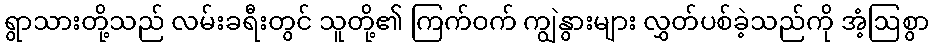
ရွာသားတို့သည် လမ်းခရီးတွင် သူတို့၏ ကြက်ဝက် ကျွဲနွားများ လွှတ်ပစ်ခဲ့သည်ကို အံ့ဩစွာ